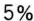
5%